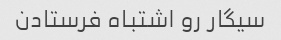
سیگار رو اشتباه فرستادن